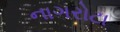
નાગરોટા